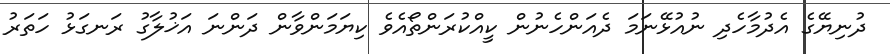
ދުނިޔޭގެ އެދުމާހެދި ނުއުޅޭނަމަ ދެއަންހެނުން ކީއްކުރަންތޯއެވެ ކިޔަމަންވާން ދަންނަ އަޚުލާގު ރަނގަޅު ހަތަރު